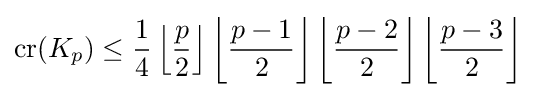
{\textrm {cr}}(K_{p})\leq {\frac {1}{4}}\left\lfloor {\frac {p}{2}}\right\rfloor \left\lfloor {\frac {p-1}{2}}\right\rfloor \left\lfloor {\frac {p-2}{2}}\right\rfloor \left\lfloor {\frac {p-3}{2}}\right\rfloor